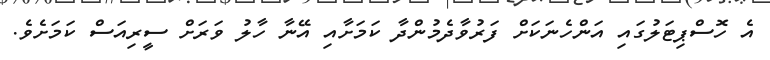
އެ ހޮސްޕިޓަލުގައި އަންހެނަކަށް ފަރުވާދެމުންދާ ކަމަށާއި އޭނާ ހާލު ވަރަށް ސީރިއަސް ކަމަށެވެ.